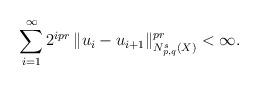
LaTeX: \begin{align*}\sum_{i=1}^{\infty} 2^{ipr} \, \|u_i - u_{i+1} \|^{pr}_{N_{p,q}^s(X)}<\infty.\end{align*}